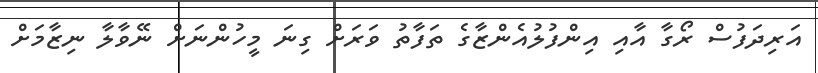
އަރިދަފުސް ރޯގާ އާއި އިންފުލުއެންޒާގެ ތަފާތު ވަރަށް ގިނަ މީހުންނަށް ނޭވާލާ ނިޒާމަށް